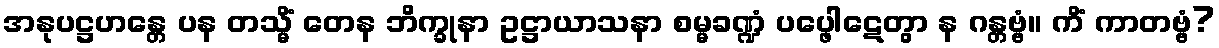
အနုပဋ္ဌဟန္တေ ပန တသ္မိံ တေန ဘိက္ခုနာ ဥဋ္ဌာယာသနာ စမ္မခဏ္ဍံ ပပ္ဖေါဋေတွာ န ဂန္တဗ္ဗံ။ ကိံ ကာတဗ္ဗံ?